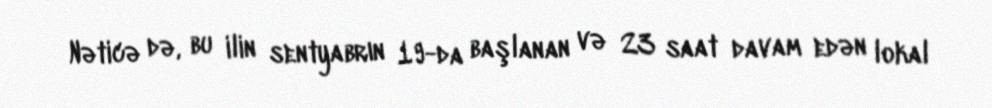
Nəticə də, bu ilin sentyabrın 19-da başlanan və 23 saat davam edən lokal